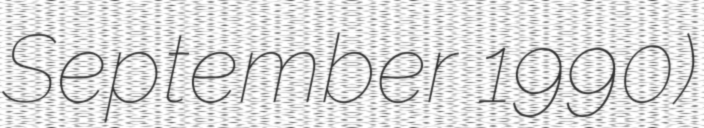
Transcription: September 1990)